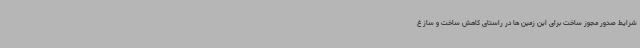
شرایط صدور مجوز ساخت برای این زمین ها در راستای کاهش ساخت و ساز غ